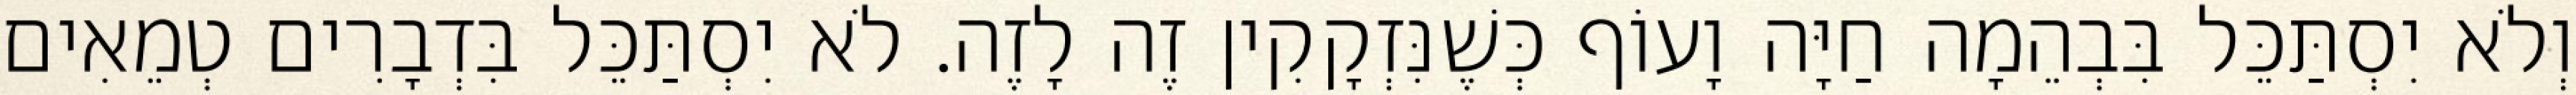
וְלֹא יִסְתַּכֵּל בִּבְהֵמָה חַיָּה וָעוֹף כְּשֶׁנִּזְקָקִין זֶה לָזֶה. לֹא יִסְתַּכֵּל בִּדְבָרִים טְמֵאִים